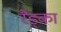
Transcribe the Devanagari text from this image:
रैड्का